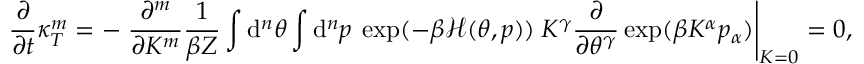
\frac { \partial } { \partial t } \kappa _ { T } ^ { m } = - \left. \frac { \partial ^ { m } } { \partial K ^ { m } } \frac { 1 } { \beta Z } \int \mathrm { d } ^ { n } \theta \int \mathrm { d } ^ { n } p \: \exp ( - \beta \mathcal { H } ( \theta , p ) ) \: K ^ { \gamma } \frac { \partial } { \partial \theta ^ { \gamma } } \exp ( \beta K ^ { \alpha } p _ { \alpha } ) \right| _ { K = 0 } = 0 ,